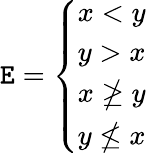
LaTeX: \mathtt{E}={\left\{ \begin{array}{ll}{x<y}\\ {y>x}\\ {x\ngeq y}\\ {y\nleq x}\end{array}\right.}